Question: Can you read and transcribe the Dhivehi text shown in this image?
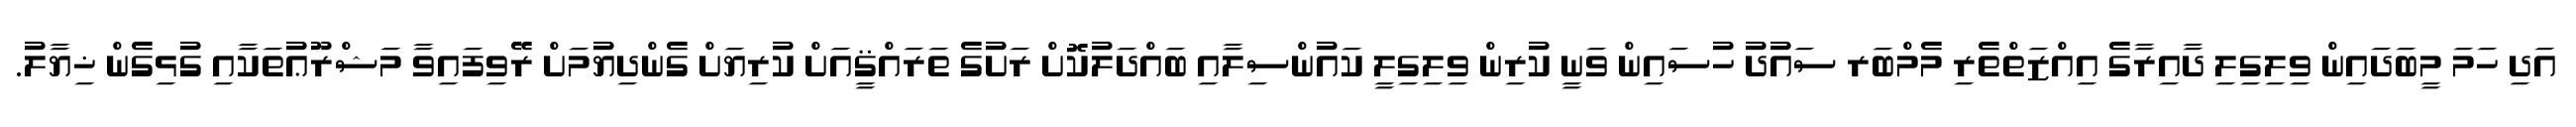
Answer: އަދި ހަމަ މީބަދައިން ވިލިގިލި ދާއިރާގެ އިއްޒަތްތެރި މެމްބަރ ސައުދު ހުސައިން ވަނީ ކުރިން ވިލިގިލީ ކައުންސިލާއި ބައްދަލުކޮށް ރަށުގެ ތަރައްޤީއަށް ކުރިޔަށް ގެންދިޔުމަށް ރޭވިފައިވާ މަޝްރޫޢުތަކާއި ގުޅިގެން ޚިޔާލު.